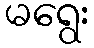
မရွေး